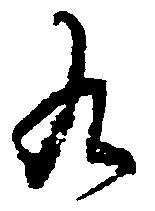
九